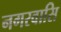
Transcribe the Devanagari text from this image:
नगरवासि